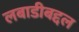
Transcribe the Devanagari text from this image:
लबाडीबद्दल